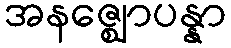
အနဇ္ဈောပန္နာ